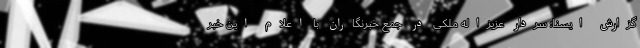
گزارش ایسنا؛ سردار عزیزاله ملکی در جمع خبرنگاران با اعلام این خبر